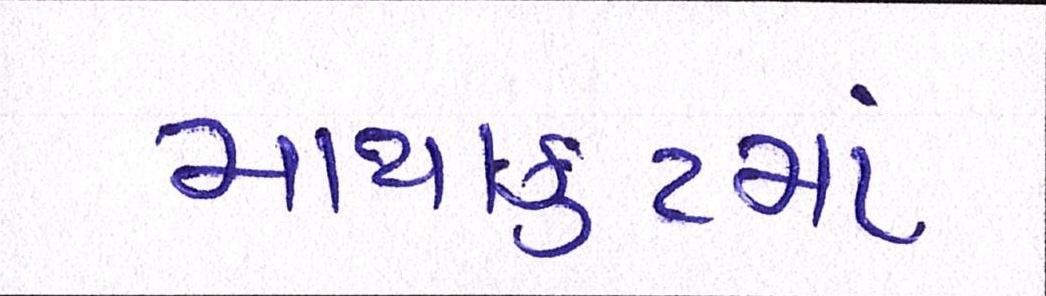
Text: માથાકુટમાં